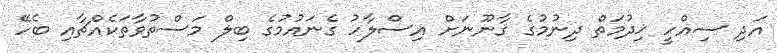
އަދި ސިއްހީ ޚިދުމަތް ދިނުމުގެ ޤާނޫނަށް އިސްލާހު ގެނައުމުގެ ބިލް މަސްތުވާތަކެއްޗާއި ބެހޭ